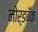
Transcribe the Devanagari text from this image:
नोर्डबँक